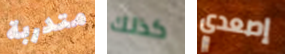
متدربة كذلك إصعدي